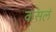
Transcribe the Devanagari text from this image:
कसलं